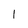
Character: l